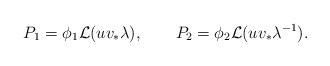
LaTeX: \begin{align*}P_{1} = \phi_{1} {\cal L}(u v_{*} \lambda), \qquad P_{2} =\phi_{2} {\cal L}(u v_{*} \lambda^{-1}). \end{align*}